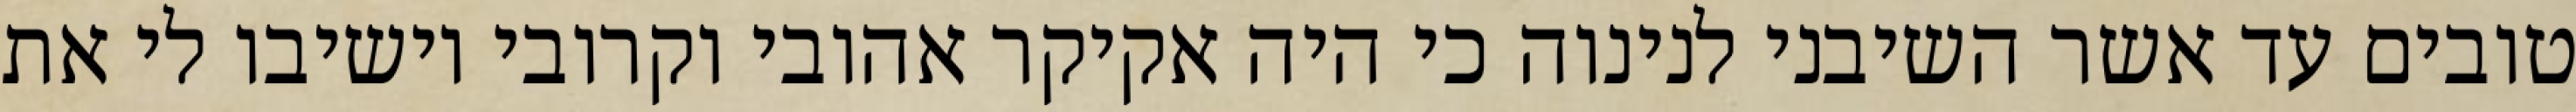
טובים עד אשר השיבני לנינוה כי היה אקיקר אהובי וקרובי וישיבו לי את